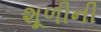
શૂળીની